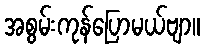
အစွမ်းကုန်ပြောမယ်ဗျာ။